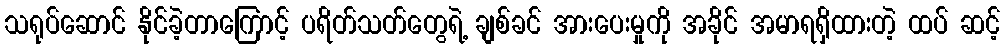
သရုပ်ဆောင် နိုင်ခဲ့တာကြောင့် ပရိတ်သတ်တွေရဲ့ ချစ်ခင် အားပေးမှုကို အခိုင် အမာရရှိထားတဲ့ ထပ် ဆင့်